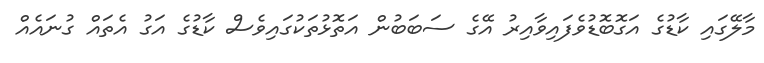
މާލޭގައި ކާޑުގެ އަގޮބޮޑުވެފައިވާއިރު އޭގެ ސަބަބުން އަތޮޅުތަކުގައިވެސް ކާޑުގެ އަގު އެތައް ގުނައެއް